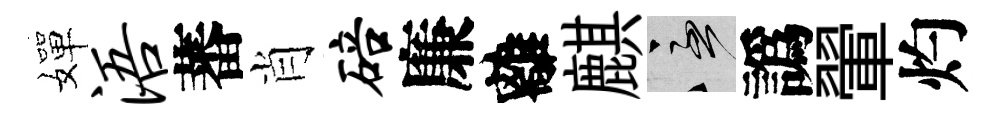
嬋浯蕃肖碚廉離麒急譌翬灼